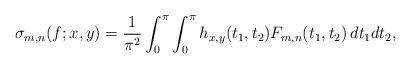
LaTeX: \begin{align*}\sigma _{m,n}(f;x,y)=\frac{1}{\pi ^{2}}\int_{0}^{\pi }\int_{0}^{\pi}h_{x,y}(t_{1},t_{2})F_{m,n}(t_{1},t_{2})\,dt_{1}dt_{2},\end{align*}